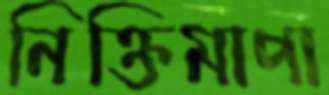
নিক্তিমাপা